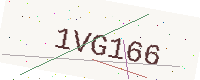
Text: 1VG166